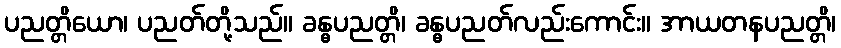
ပညတ္တိယော၊ ပညတ်တို့သည်။ ခန္ဓပညတ္တိ၊ ခန္ဓပညတ်လည်းကောင်း။ အာယတနပညတ္တိ၊